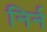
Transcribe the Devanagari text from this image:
निर्न